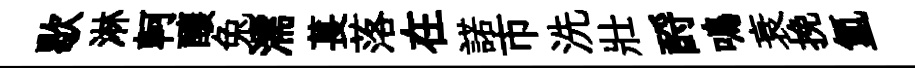
歇淋軻釀兔濡萇落在諾市洗壯酹鳴衰挽氲